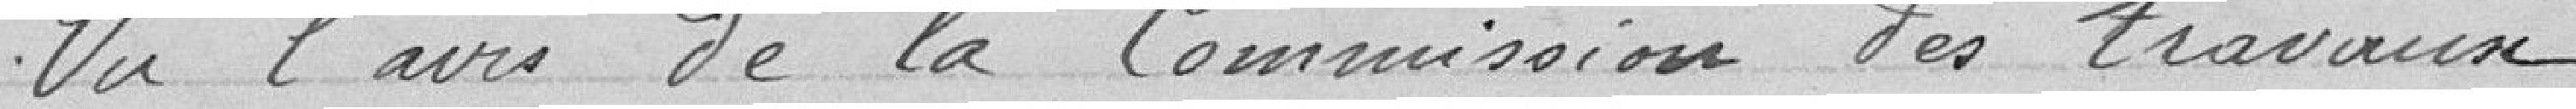
Vu l'avis de la Commission des travaux.